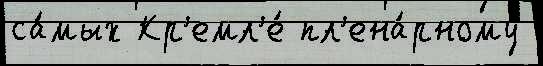
са́мых Кр'емл'е́ пл'ена́рному